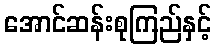
အောင်ဆန်းစုကြည်နှင့်